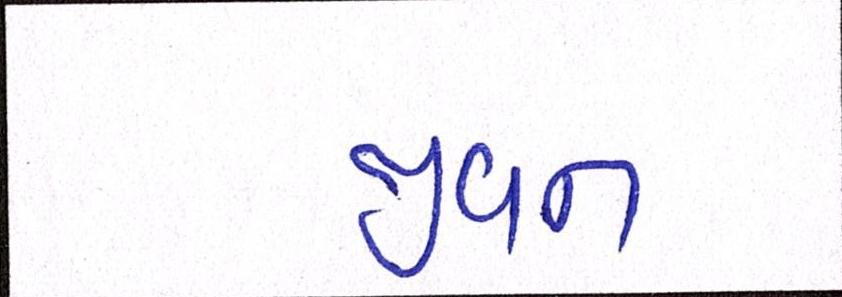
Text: જીવન